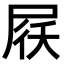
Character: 𡱱